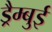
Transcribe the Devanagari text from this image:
ड्रैम्बुई